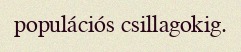
populációs csillagokig.